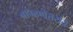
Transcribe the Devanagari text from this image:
ब्राम्हणेत्तरांचे